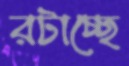
রটাচ্ছে